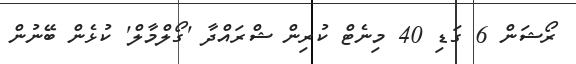
ރޯޝަން 6 ގަޑި 40 މިނެޓް ކުރިން ޝްރައްދާ 'ގޯލްމާލް' ކުޅެން ބޭނުން